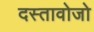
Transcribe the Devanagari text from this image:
दस्तावोजो